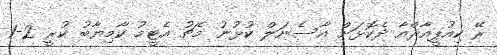
ރޭ ކިއުޕީއާރްއާ ދެކޮޅަށް އާސެނަލް ކުޅުނު މެޗު އެޓީމު ކާމިޔާބު ކުރީ 2-1